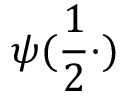
\psi ( \frac 1 2 \cdot )